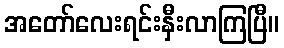
အတော်လေးရင်းနှီးလာကြပြီ။